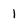
Character: 1